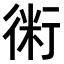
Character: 𧗱